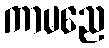
ကာမညေ